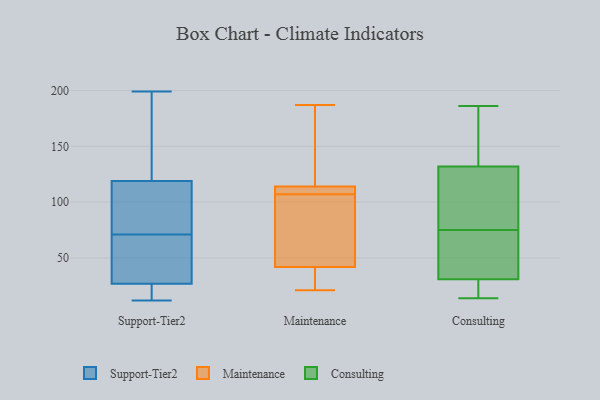
{"axis": {"x": "Bounce Rate (%)", "y": "Value"}, "legend": ["Consulting", "Maintenance", "Support-Tier2"], "data": [{"x": "", "y": 76, "type": "Support-Tier2"}, {"x": "", "y": 119, "type": "Support-Tier2"}, {"x": "", "y": 12, "type": "Support-Tier2"}, {"x": "", "y": 118, "type": "Support-Tier2"}, {"x": "", "y": 48, "type": "Support-Tier2"}, {"x": "", "y": 199, "type": "Support-Tier2"}, {"x": "", "y": 65, "type": "Support-Tier2"}, {"x": "", "y": 27, "type": "Support-Tier2"}, {"x": "", "y": 175, "type": "Support-Tier2"}, {"x": "", "y": 19, "type": "Support-Tier2"}, {"x": "", "y": 66, "type": "Support-Tier2"}, {"x": "", "y": 95, "type": "Support-Tier2"}, {"x": "", "y": 160, "type": "Support-Tier2"}, {"x": "", "y": 17, "type": "Support-Tier2"}, {"x": "", "y": 27, "type": "Support-Tier2"}, {"x": "", "y": 13, "type": "Support-Tier2"}, {"x": "", "y": 113, "type": "Support-Tier2"}, {"x": "", "y": 155, "type": "Support-Tier2"}, {"x": "", "y": 114, "type": "Maintenance"}, {"x": "", "y": 21, "type": "Maintenance"}, {"x": "", "y": 106, "type": "Maintenance"}, {"x": "", "y": 182, "type": "Maintenance"}, {"x": "", "y": 32, "type": "Maintenance"}, {"x": "", "y": 91, "type": "Maintenance"}, {"x": "", "y": 187, "type": "Maintenance"}, {"x": "", "y": 99, "type": "Maintenance"}, {"x": "", "y": 29, "type": "Maintenance"}, {"x": "", "y": 114, "type": "Maintenance"}, {"x": "", "y": 108, "type": "Maintenance"}, {"x": "", "y": 179, "type": "Maintenance"}, {"x": "", "y": 110, "type": "Maintenance"}, {"x": "", "y": 42, "type": "Maintenance"}, {"x": "", "y": 107, "type": "Consulting"}, {"x": "", "y": 20, "type": "Consulting"}, {"x": "", "y": 186, "type": "Consulting"}, {"x": "", "y": 68, "type": "Consulting"}, {"x": "", "y": 59, "type": "Consulting"}, {"x": "", "y": 169, "type": "Consulting"}, {"x": "", "y": 82, "type": "Consulting"}, {"x": "", "y": 31, "type": "Consulting"}, {"x": "", "y": 132, "type": "Consulting"}, {"x": "", "y": 14, "type": "Consulting"}]}